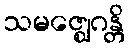
သမဇ္ဈေဂန္တိ